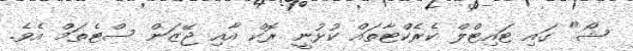
ޝޯ" ގައި ޓައިޓްލް ކެރެކްޓާތައް ކުޅުނީ ރޮކް އާއި ޖޭޒަން ސްޓެތަމް އެވެ.